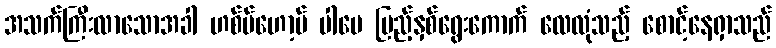
အသက်ကြီးလာသောအခါ ဟစ်ပ်ဟော့ပ် ပါပေ ပြည့်နှစ်ရွေးကောက် လေလုံသည့် စောင့်နေရှာသည်